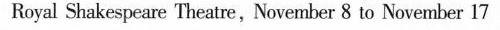
Royal Shakespeare Theatre,Novenber 8 to November l7